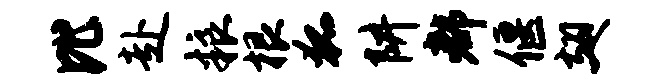
比赴粮根狐阱都偃翅